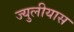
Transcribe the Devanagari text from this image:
ज्युलीयास